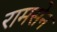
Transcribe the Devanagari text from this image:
रामसेन